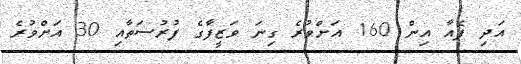
އަދި ފެއާ އިން 160 އަށްވުރެ ގިނަ ވަޒީފާގެ ފުރުސަތާއި 30 އަށްވުރެ